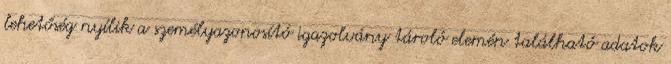
lehetőség nyílik a személyazonosító igazolvány tároló elemén található adatok